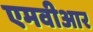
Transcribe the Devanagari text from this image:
एमवीआर